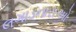
લગાડનારાઓ